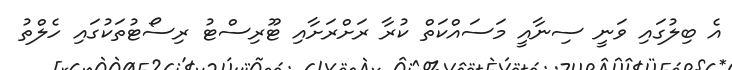
އެ ބިލުގައި ވަނީ ސިނާއީ މަސައްކަތް ކުރާ ރަށްރަށާއި ޓޫރިސްޓު ރިސޯޓުތަކުގައި ހެލްތު